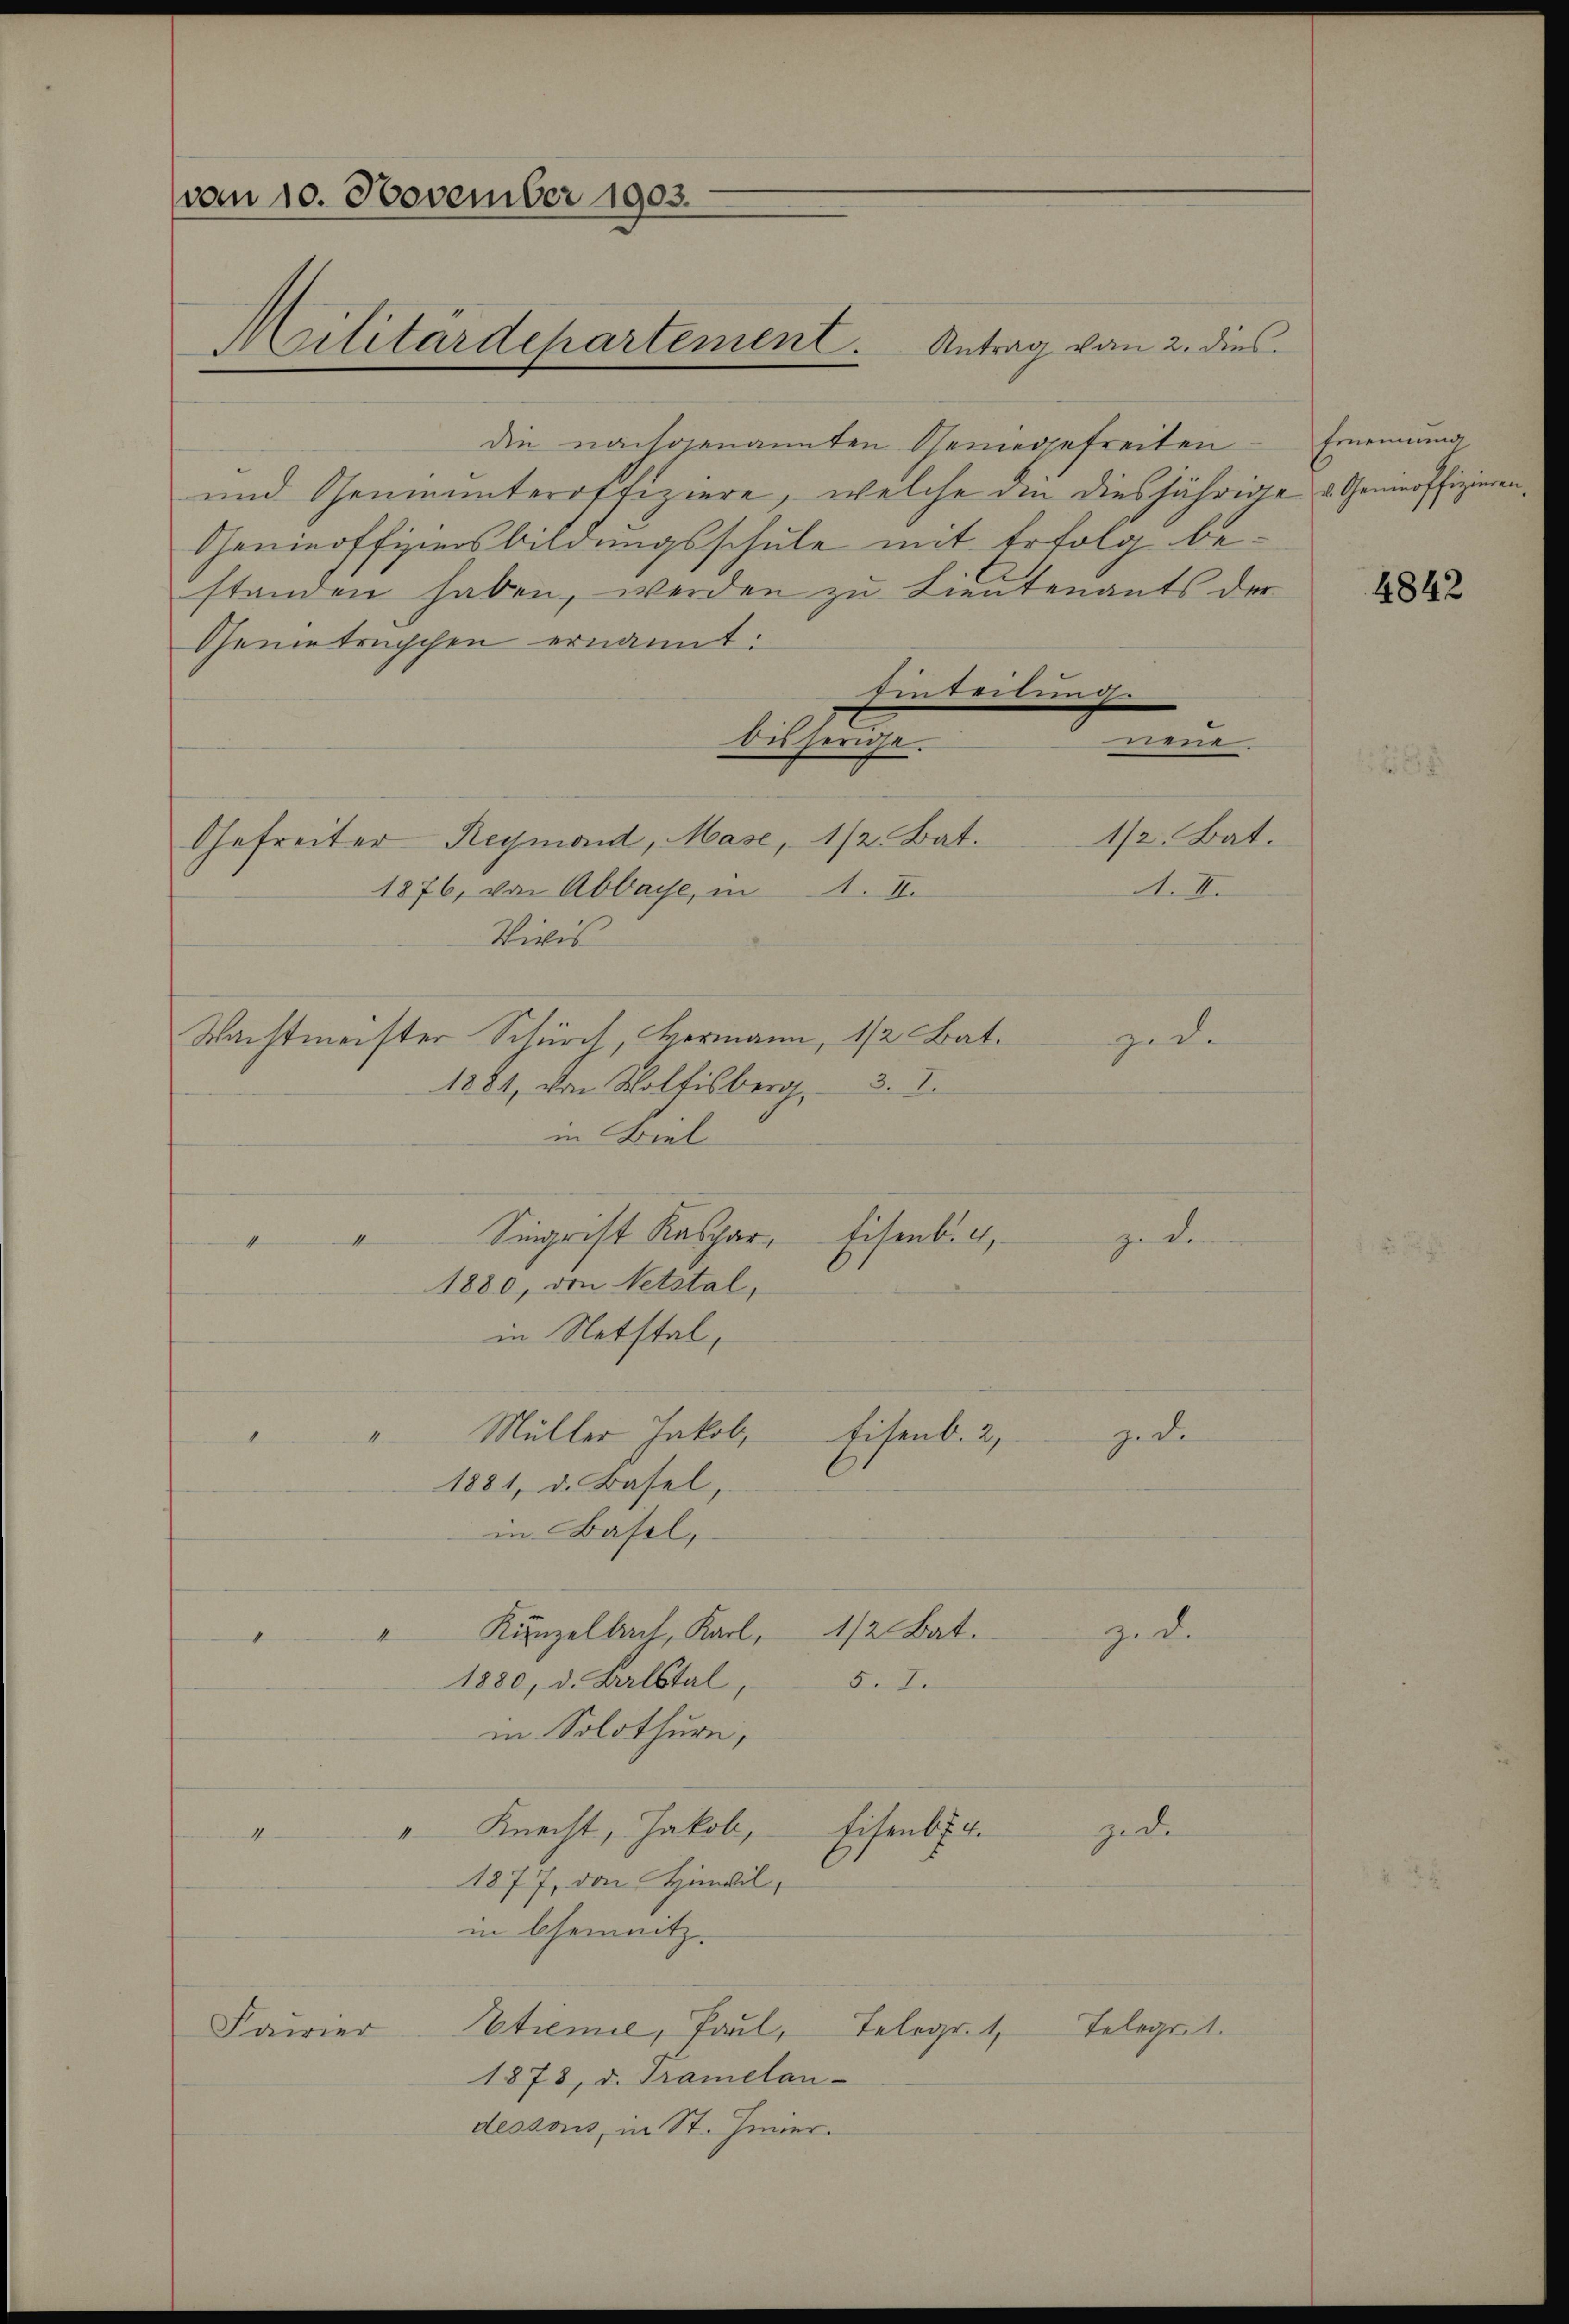
vom 10. November 1903.

die nachgenannten Scheinegefreiten
und Geninunteroffiziere, welche den diesjährig
Genieoffiziersbildungsschule mit Erfolg bestanden haben, werden zu Lieutenants die
Generteiischen ernannt:
Einteilung.
bisherige.
Gefreiter Reymond, Mase, 1/2 Bat.
1876, von Abbache, in
1. I
Vivis
Wachtmeister Schürch, Hermann, 1/2 Bat.
3. 7.
1881, von Wolfisberg,
in Biel
Sigrist Kaspar, Eisenbich,
4

1880, den Netstal,
in Notstal,
Müller Jakob Eisenb. 2,
gede
I.
1
1881, d. Basel,
in Basel,
Kinzelbach, Karl, 1/2 Bat.
ziel
4
d
1880, d. Balstal,
5. I.
in Solothurn,
 Knecht, Jakob,
Eisenba
jede
4
1877, den Hinwil,
in Chemnitz.
Etremie, Paul, Telegr. 1, Telegrit.
Faurier
1878, d. Tramelan-
dessous, in St. Hinier.

Militärdepartement. Antrag von 2. dies

na
1/2 Bat.
A. II.
zede

geben.

Ernennung
za u. Genieoffizieren
u

e

4842